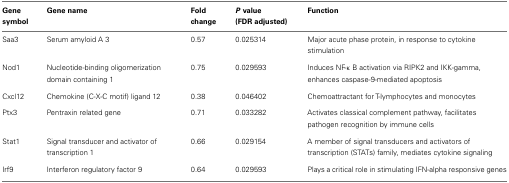
<table><thead><tr><td><b>Gene symbol</b></td><td><b>Gene name</b></td><td><b>Fold change</b></td><td><b><i>P</i> value (FDR adjusted)</b></td><td><b>Function</b></td></tr></thead><tbody><tr><td>Saa3</td><td>Serum amyloid A 3</td><td>0.57</td><td>0.025314</td><td>Major acute phase protein, in response to cytokine stimulation</td></tr><tr><td>Nod1</td><td>Nucleotide-binding oligomerization domain containing 1</td><td>0.75</td><td>0.029593</td><td>Induces NF-κ B activation via RIPK2 and IKK-gamma, enhances caspase-9-mediated apoptosis</td></tr><tr><td>Cxcl12</td><td>Chemokine (C-X-C motif) ligand 12</td><td>0.38</td><td>0.046402</td><td>Chemoattractant for T-lymphocytes and monocytes</td></tr><tr><td>Ptx3</td><td>Pentraxin related gene</td><td>0.71</td><td>0.033282</td><td>Activates classical complement pathway, facilitates pathogen recognition by immune cells</td></tr><tr><td>Stat1</td><td>Signal transducer and activator of transcription 1</td><td>0.66</td><td>0.029154</td><td>A member of signal transducers and activators of transcription (STATs) family, mediates cytokine signaling</td></tr><tr><td>Irf9</td><td>Interferon regulatory factor 9</td><td>0.64</td><td>0.029593</td><td>Plays a critical role in stimulating IFN-alpha responsive genes</td></tr></tbody></table>